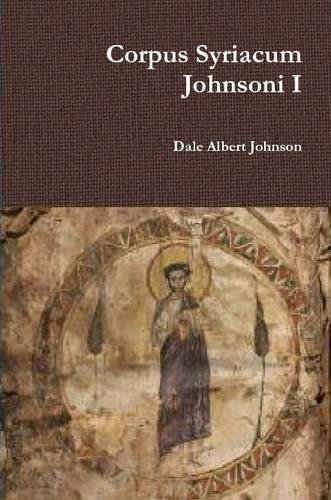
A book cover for Corpus Syriacum Johnsoni I; Dale Albert Johnson; History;